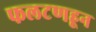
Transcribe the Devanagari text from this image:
फलटणहून